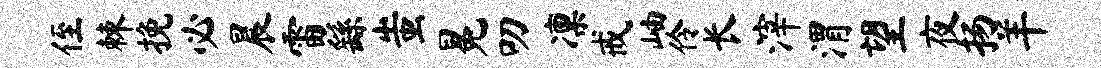
侄棘挽必晨雷繇蚩冕叨凛戒岫伶长滓渭望夜扬羊